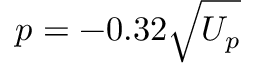
p = - 0 . 3 2 \sqrt { U _ { p } }